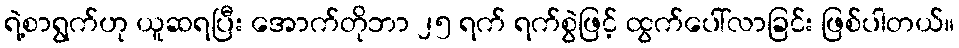
ရဲ့စာရွက်ဟု ယူဆရပြီး အောက်တိုဘာ ၂၅ ရက် ရက်စွဲဖြင့် ထွက်ပေါ်လာခြင်း ဖြစ်ပါတယ်။